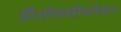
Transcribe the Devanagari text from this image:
डीऑक्सीजनेशन